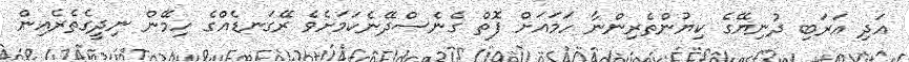
އަދި ޢަރަބި ދުނިޔޭގެ ކިޔުންތެރިންނާ ހަމައަށް ފޮތް ގެނެސްދޭނެކަމަށެވެ ރޭގަނޑެއްގެ ހިމޭން ނިދީގެތެރެއިން